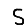
Digit: 5